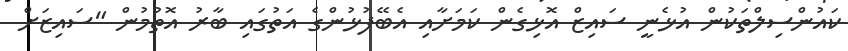
ކައުންސިލްތަކުން އުޅެނީ ސައިޒް އޮޅިގެން ކަމަށާއި އެބޭފުޅުންގެ އަތުގައި ބާރު އޮތުމުން "ސައިޒަށް